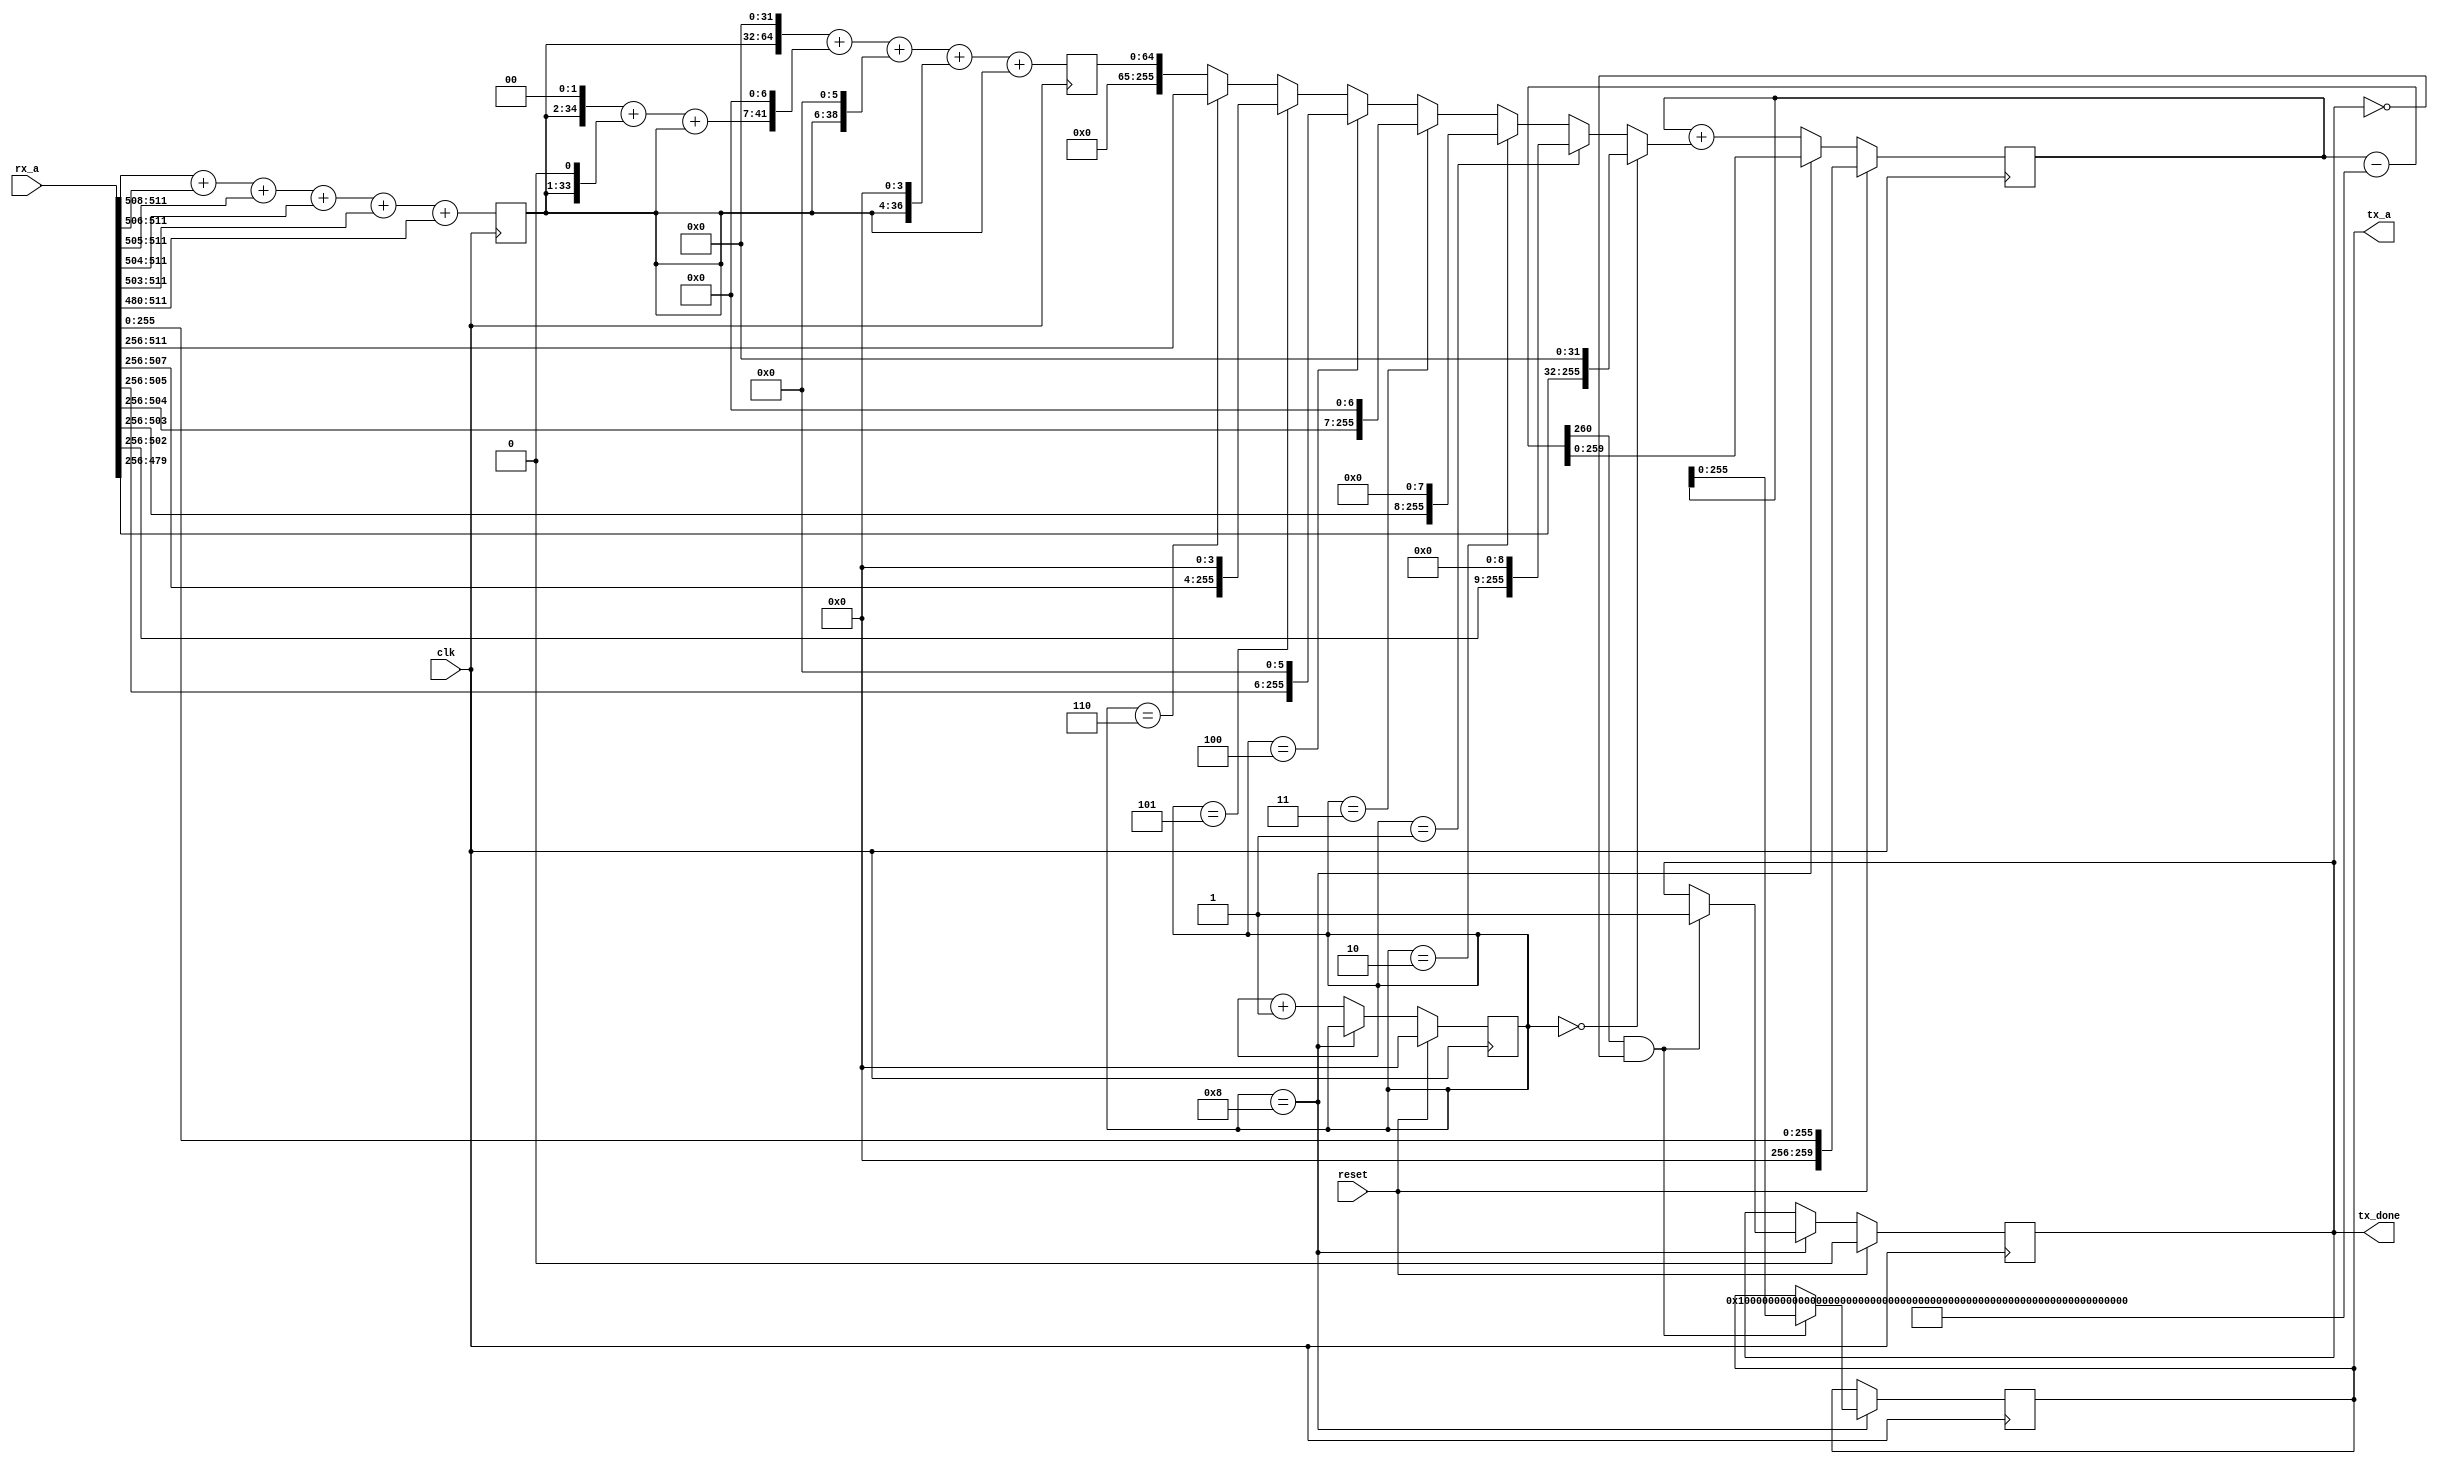
module ff_reduce_secp256k1 (
	input clk,
	input reset,
	input [511:0] rx_a,
	output reg tx_done,
	output reg [255:0] tx_a
);

	reg [3:0] cnt;
	reg [259:0] s;
	reg [32:0] s1;
	reg [64:0] k;
	wire [34:0] k11 = {s1, 2'd0} + {s1, 1'd0} + s1;
	wire [255:0] c1 = rx_a[511:256];
	reg [255:0] other;
	wire [260:0] s_minus_p = s - 256'hFFFFFFFFFFFFFFFFFFFFFFFFFFFFFFFFFFFFFFFFFFFFFFFFFFFFFFFEFFFFFC2F;


	always @ (*)
	begin
		if (cnt == 0)
			other <= {c1[223:0], 32'd0};
		else if (cnt == 1)
			other <= {c1[246:0], 9'd0};
		else if (cnt == 2)
			other <= {c1[247:0], 8'd0};
		else if (cnt == 3)
			other <= {c1[248:0], 7'd0};
		else if (cnt == 4)
			other <= {c1[249:0], 6'd0};
		else if (cnt == 5)
			other <= {c1[251:0], 4'd0};
		else if (cnt == 6)
			other <= c1;
		else if (cnt == 7)
			other <= k;
		else
			other <= k;
	end

	always @ (posedge clk)
	begin
		cnt <= cnt + 1;
		s <= s + other;

		if (cnt == 8)
		begin
			cnt <= cnt;
			s <= s_minus_p;

			if (s_minus_p[260] && !tx_done)
			begin
				tx_done <= 1'b1;
				tx_a <= s[255:0];
			end
		end

		s1 <= c1[255:252] + c1[255:250] + c1[255:249] + c1[255:248] + c1[255:247] + c1[255:224];
		k <= {s1, 32'd0} + {k11, 7'd0} + {s1, 6'd0} + {s1, 4'd0} + s1;

		if (reset)
		begin
			cnt <= 0;
			tx_done <= 1'b0;

			s <= rx_a[255:0];
		end
	end

endmodule